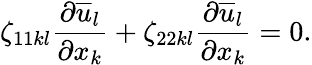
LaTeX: \zeta_{11kl}\frac{\partial\overline{{u}}_{l}}{\partial x_{k}}+\zeta_{22kl}\frac{\partial\overline{{u}}_{l}}{\partial x_{k}}=0.